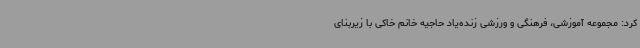
کرد: مجموعه آموزشی، فرهنگی و ورزشی زنده‌یاد حاجیه خانم خاکی با زیربنای